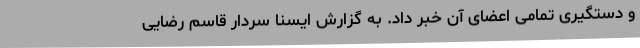
و دستگیری تمامی اعضای آن خبر داد. به گزارش ایسنا سردار قاسم رضایی